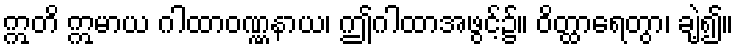
ဣတိ ဣမာယ ဂါထာဝဏ္ဏနာယ၊ ဤဂါထာအဖွင့်၌။ ဝိတ္ထာရေတွာ၊ ချဲ့၍။